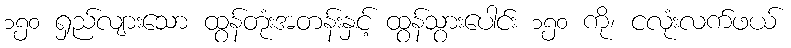
၁၅၀ ရှည်လျားသော ထွန်တုံးအတန်းနှင့် ထွန်သွားပေါင်း ၁၅၀ ကို၊ ငလုံးလက်ဖယ်